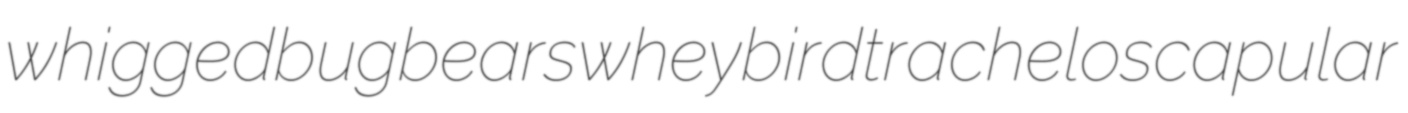
whigged bugbears wheybird tracheloscapular